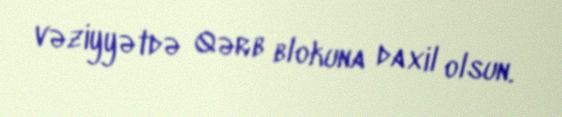
vəziyyətdə Qərb blokuna daxil olsun.